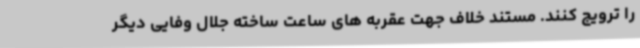
را ترویج کنند. مستند خلاف جهت عقربه های ساعت ساخته جلال وفایی دیگر